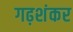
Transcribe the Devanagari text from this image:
गढ़शंकर